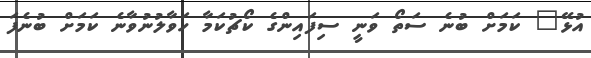
އުޅޭ" ކަމަށް ބުނެ ސަތޯ ވަނީ ސިފައިންގެ ކޯޗުކަމާ ހަވާލުނުވާނެ ކަމަށް ބުނެފަ